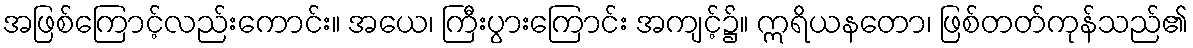
အဖြစ်ကြောင့်လည်းကောင်း။ အယေ၊ ကြီးပွားကြောင်း အကျင့်၌။ ဣရိယနတော၊ ဖြစ်တတ်ကုန်သည်၏